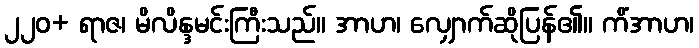
၂၂၀+ ရာဇ၊ မိလိန္ဒမင်းကြီးသည်။ အာဟ၊ လျှောက်ဆိုပြန်၏။ ကိံအာဟ၊